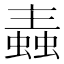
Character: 𧏼